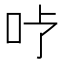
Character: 𱒇